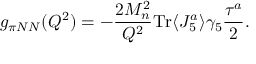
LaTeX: g _ { \pi N N } ( Q ^ { 2 } ) = - \frac { 2 M _ { n } ^ { 2 } } { Q ^ { 2 } } \mathrm { T r } \langle J _ { 5 } ^ { a } \rangle \gamma _ { 5 } \frac { \tau ^ { a } } { 2 } .